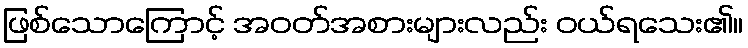
ဖြစ်သောကြောင့် အဝတ်အစားများလည်း ဝယ်ရသေး၏။